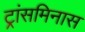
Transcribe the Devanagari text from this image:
ट्रांसमिनास